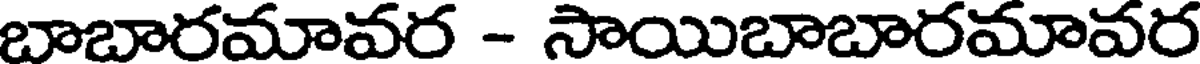
బాబారమావర - సాయిబాబారమావర